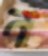
ন